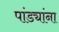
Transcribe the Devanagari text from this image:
पांड्यांना